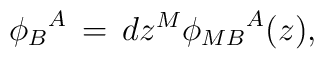
{\phi_B}^A  \,=\,dz^M {\phi_{MB}}^A (z),